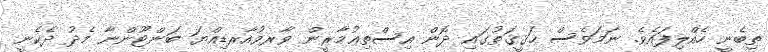
ތިބެނީ ހެއްލިފައެވެ. ނަމަވެސް ޙަޤީޤަތުގައި ދޮން އިސްތިޢުމާރީން ވާރވުއާރޑިއްޔަ ބަންޓޫންނާ މެދު ދެކެނީ